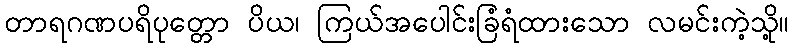
တာရဂဏပရိပုတ္တော ပိယ၊ ကြယ်အပေါင်းခြံရံထားသော လမင်းကဲ့သို့။